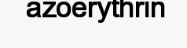
azoerythrin